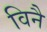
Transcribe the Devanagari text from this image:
विनै